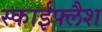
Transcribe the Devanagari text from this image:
स्काईफ्लैश